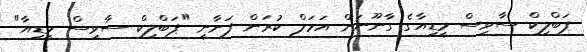
ޕަބްލިކް ސާވިސް މީޑިއާގެ ގާނޫނަށް އަމަލް ކުރަން ފަށާނީ "ޕަބްލިކް ސާވިސް މީޑިއާ"